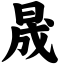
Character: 晟